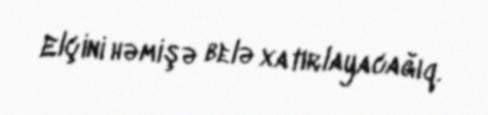
Elçini həmişə belə xatırlayacağıq.